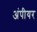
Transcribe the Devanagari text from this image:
अंपीयर